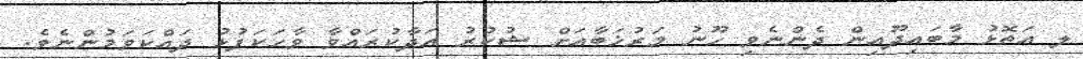
ލ އަތޮޅު މާބައިދޫއިން ދެންނެވި ހޫނު މަރުޚަބާއަށް ޝުކުރު އަދާކުރައްވާ ވާހަކަފުޅު ދައްކަވަމުންނެވެ.